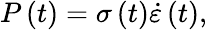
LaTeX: P\left(t\right)=\sigma\left(t\right)\dot{\varepsilon}\left(t\right),